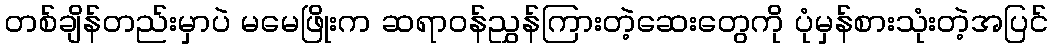
တစ်ချိန်တည်းမှာပဲ မမေဖြိုးက ဆရာဝန်ညွှန်ကြားတဲ့ဆေးတွေကို ပုံမှန်စားသုံးတဲ့အပြင်